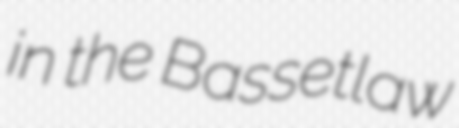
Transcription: in the Bassetlaw